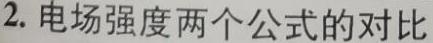
2. 电场强度两个公式的对比